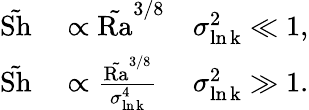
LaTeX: \begin{array}{rlr}{\tilde{\mathrm{Sh}}}&{{}\propto\tilde{\mathrm{Ra}}^{3/8}}&{\sigma_{\mathrm{\ln k}}^{2}\ll 1,}\\ {\tilde{\mathrm{Sh}}}&{{}\propto\frac{\tilde{\mathrm{Ra}}^{3/8}}{\sigma_{\mathrm{\ln k}}^{4}}}&{\sigma_{\mathrm{\ln k}}^{2}\gg 1.}\end{array}